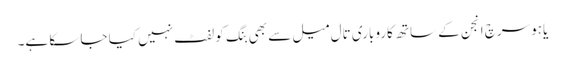
یاہو سرچ انجن کے ساتھ کاروباری تال میل سے بھی بِنگ کو لفٹ نہیں کیا جا سکا ہے۔